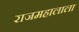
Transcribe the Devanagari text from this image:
राजमहालाला